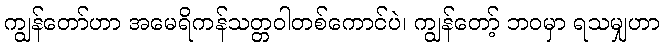
ကျွန်တော်ဟာ အမေရိကန်သတ္တဝါတစ်ကောင်ပဲ၊ ကျွန်တော့် ဘဝမှာ ရသမျှဟာ